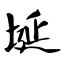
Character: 埏